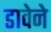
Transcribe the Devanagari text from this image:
डावेने